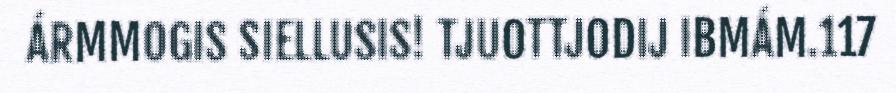
ÁRMMOGIS SIELLUSIS! TJUOTTJODIJ IBMÁM.117